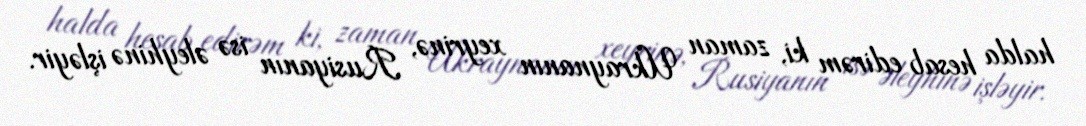
halda hesab edirəm ki, zaman Ukraynanın xeyrinə, Rusiyanın isə əleyhinə işləyir.